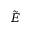
\tilde { E }